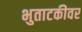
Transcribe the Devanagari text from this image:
भुताटकीवर